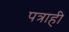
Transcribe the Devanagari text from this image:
पत्राही